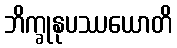
ဘိက္ခုနုပဿယောတိ